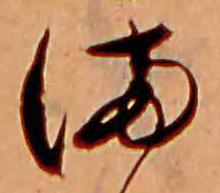
ま